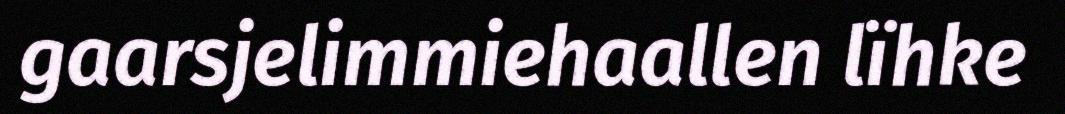
gaarsjelimmiehaallen lïhke